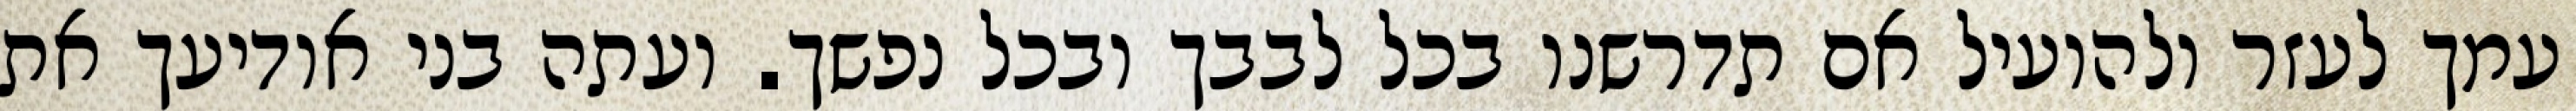
עמך לעזר ולהועיל אם תדרשנו בכל לבבך ובכל נפשך. ועתה בני אודיעך את